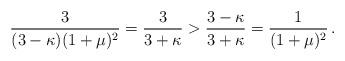
LaTeX: \begin{align*}\frac{3}{(3-\kappa)(1+\mu)^2} = \frac{3}{3+\kappa} > \frac{3-\kappa}{3+\kappa} = \frac{1}{(1+\mu)^2} \, .\end{align*}